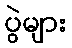
ပွဲများ